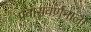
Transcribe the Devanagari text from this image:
प्रवासवर्णनाला